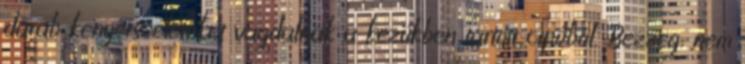
darab kenyérszeleteket vagdalnak a kezükben tartott cipóból. Bezzeg, nem